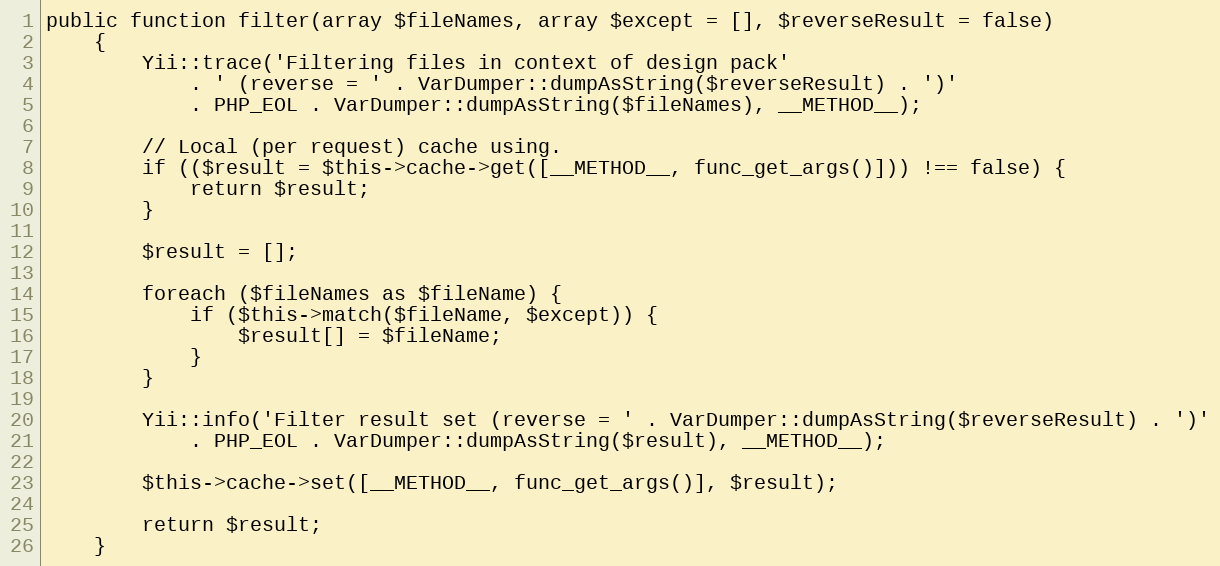
Language: PHP
public function filter(array $fileNames, array $except = [], $reverseResult = false)
    {
        Yii::trace('Filtering files in context of design pack'
            . ' (reverse = ' . VarDumper::dumpAsString($reverseResult) . ')'
            . PHP_EOL . VarDumper::dumpAsString($fileNames), __METHOD__);

        // Local (per request) cache using.
        if (($result = $this->cache->get([__METHOD__, func_get_args()])) !== false) {
            return $result;
        }

        $result = [];

        foreach ($fileNames as $fileName) {
            if ($this->match($fileName, $except)) {
                $result[] = $fileName;
            }
        }

        Yii::info('Filter result set (reverse = ' . VarDumper::dumpAsString($reverseResult) . ')'
            . PHP_EOL . VarDumper::dumpAsString($result), __METHOD__);

        $this->cache->set([__METHOD__, func_get_args()], $result);

        return $result;
    }